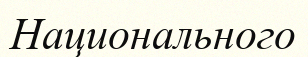
Национального